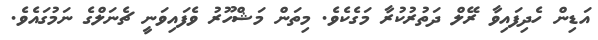
އަޑިން ހެދިފައިވާ ރޭލް ދަތުރުކުރާ މަގެކެވެ. މިތަން މަޝްހޫރު ވެފައިވަނީ ޗެނަލްގެ ނަމުގައެވެ.